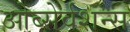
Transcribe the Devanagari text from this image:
ओब्सेर्वशन्स